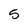
Character: 5